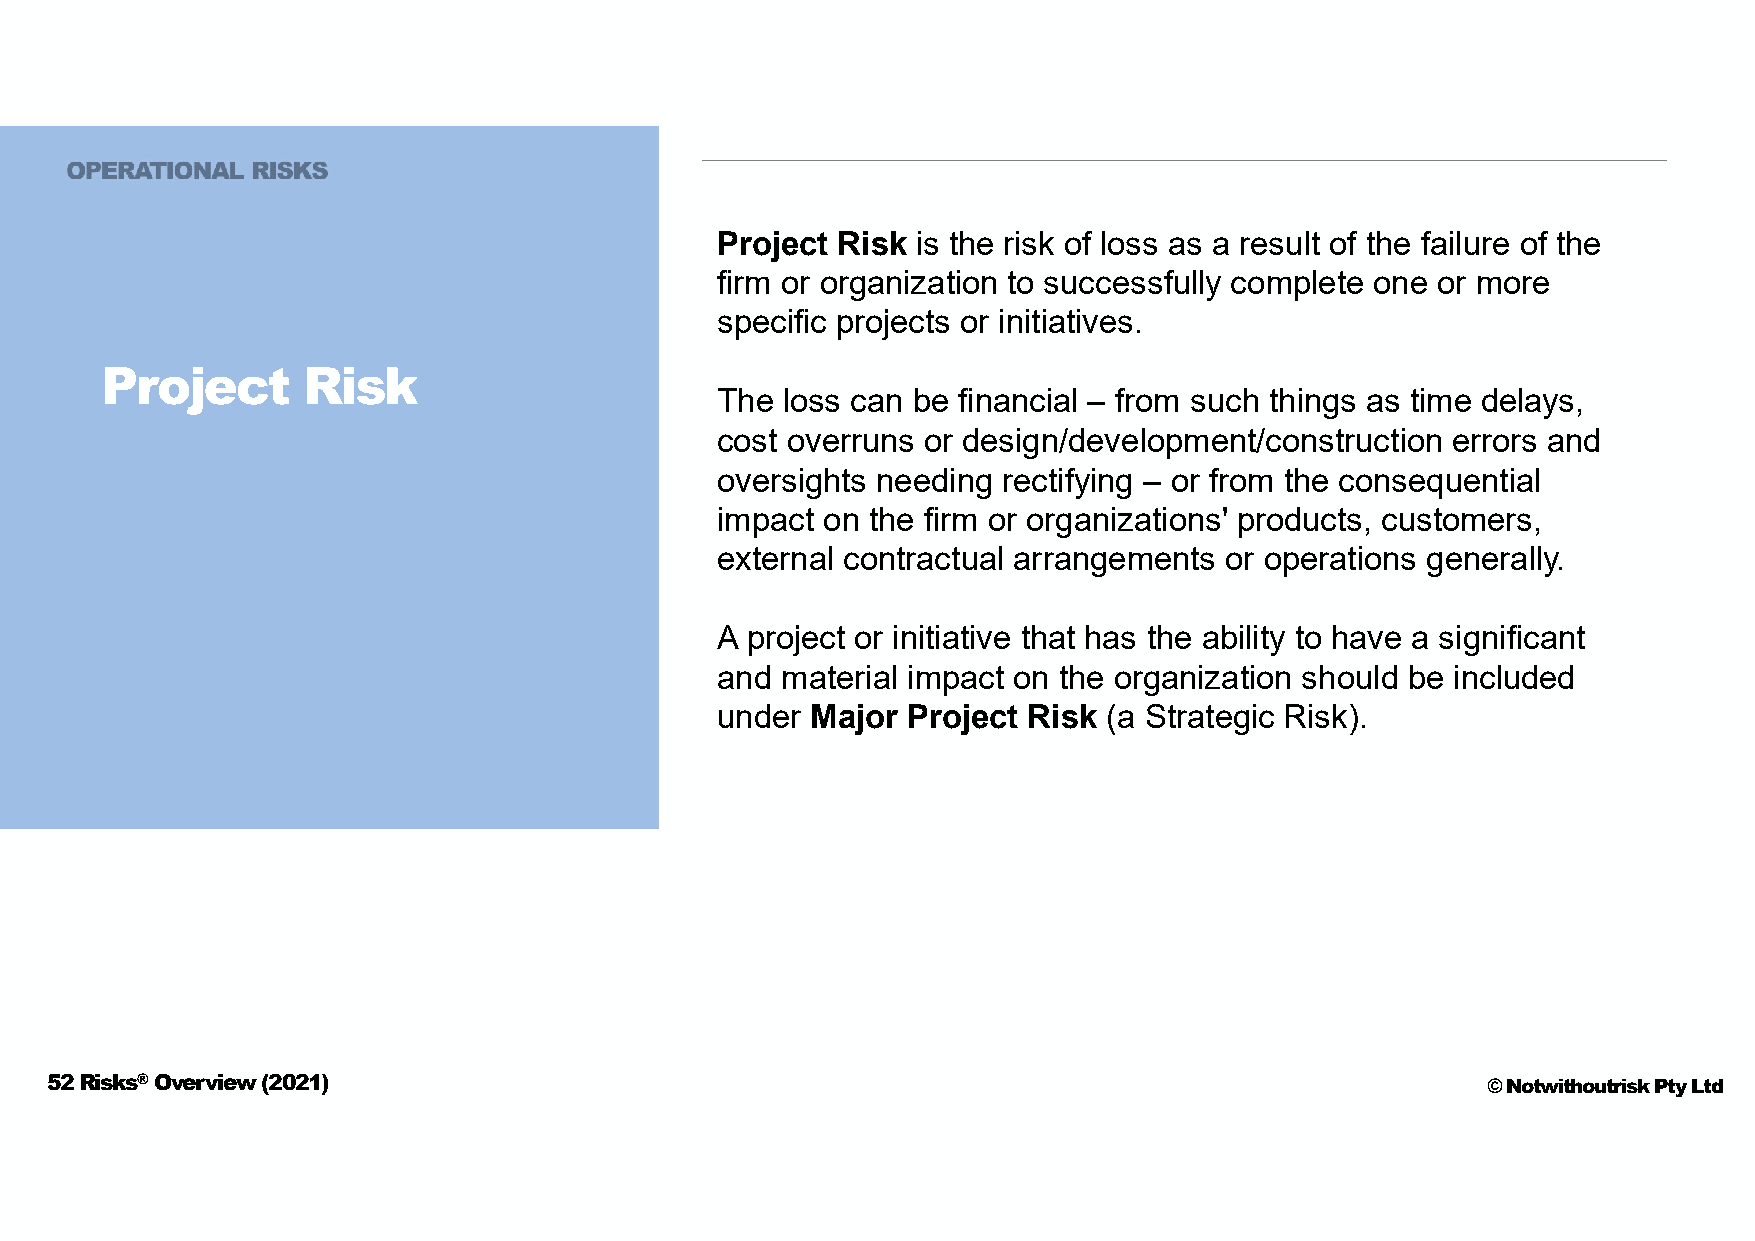
Project Risk  is the risk of loss as a result of the failure of the
 firm or organization to successfully complete one or more
 specific projects or initiatives.
 Project      Risk
 The  loss can be financial – from such things as time delays,
 cost overruns or design/development/construction errors and
 oversights needing rectifying – or from the consequential
 impact on the firm or organizations' products, customers,
 external contractual arrangements or operations generally.
 A project or initiative that has the ability to have a significant
 and  material impact on the organization should be included
 under  Major Project Risk (a Strategic Risk).
 52 Risks®Overview (2021)                                                                       © Notwithoutrisk Pty Ltd